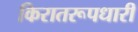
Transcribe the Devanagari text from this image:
किरातरूपधारी